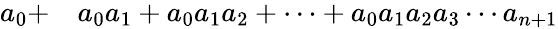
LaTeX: \begin{array}{rl}{a_{0}+}&{{}a_{0}a_{1}+a_{0}a_{1}a_{2}+\cdots+a_{0}a_{1}a_{2}a_{3}\cdots a_{n+1}}\end{array}